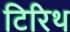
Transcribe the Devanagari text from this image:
टिरिथ